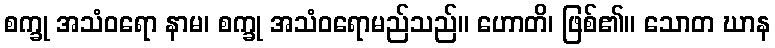
စက္ခု အသံဝရော နာမ၊ စက္ခု အသံဝရောမည်သည်။ ဟောတိ၊ ဖြစ်၏။ သောတ ဃာန